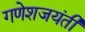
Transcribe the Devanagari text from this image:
गणेशजयंती